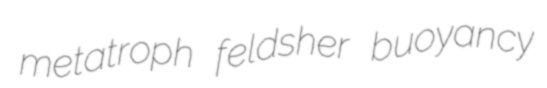
metatroph feldsher buoyancy